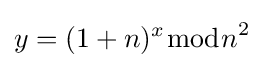
y=(1+n)^{x}{\bmod {n}}^{2}